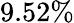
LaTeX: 9.52\%